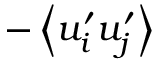
- \left< u _ { i } ^ { \prime } u _ { j } ^ { \prime } \right>